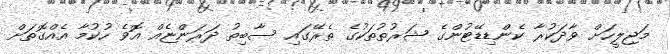
މަޖިލީހަށް ވާދަކުރާ ކެންޑިޑޭޓުންގެ ޝަރުތުތަކުގެ ތެރޭގައި ސާބިތު ދަރަންޏެއް އޮވެ ހުކުމާ އެއްގޮތަށް